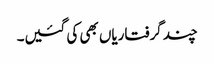
چند گرفتاریاں بھی کی گئیں۔